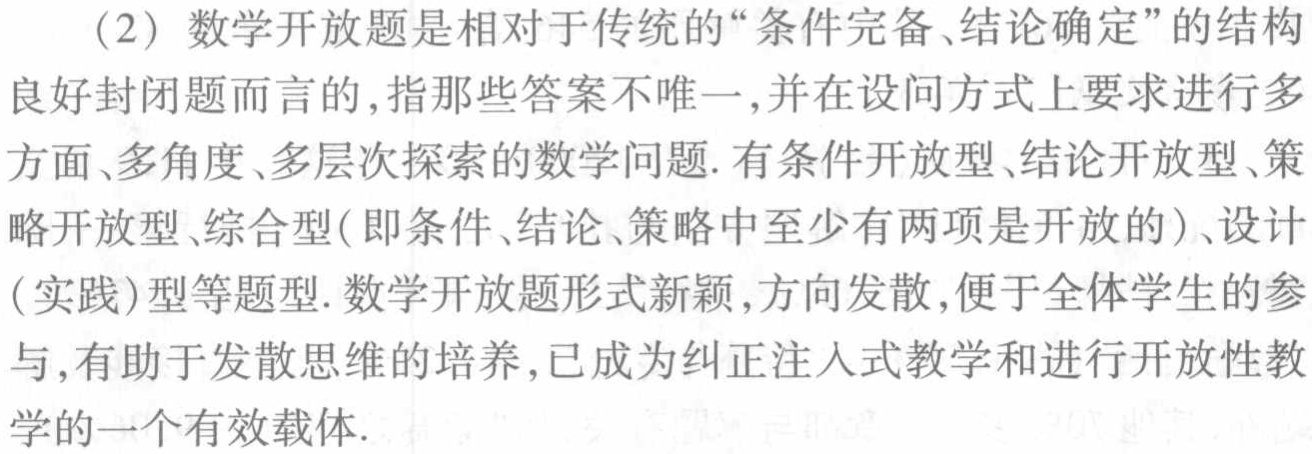
（2）数学开放题是相对于传统的“条件完备、结论确定”的结构良好封闭题而言的,指那些答案不唯一,并在设问方式上要求进行多方面、多角度、多层次探索的数学问题. 有条件开放型、结论开放型、策略开放型、综合型(即条件、结论、策略中至少有两项是开放的)、设计(实践)型等题型. 数学开放题形式新颖,方向发散,便于全体学生的参与,有助于发散思维的培养,已成为纠正注人式教学和进行开放性教学的一个有效载体.